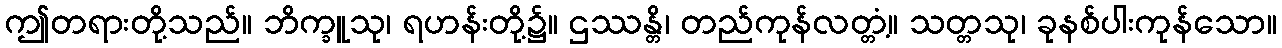
ဤတရားတို့သည်။ ဘိက္ခူသု၊ ရဟန်းတို့၌။ ဌဿန္တိ၊ တည်ကုန်လတ္တံ့။ သတ္တသု၊ ခုနစ်ပါးကုန်သော။